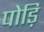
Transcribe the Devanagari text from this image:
पोड़ि